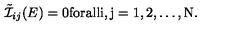
\tilde { \cal I } _ { i j } ( E ) = 0 \mathrm { f o r a l l i , j = 1 , 2 , \ldots , N } .